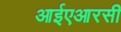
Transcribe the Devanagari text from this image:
आईएआरसी